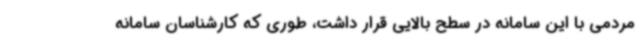
مردمی با این سامانه در سطح بالایی قرار داشت، طوری که کارشناسان سامانه